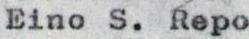
Eino S. Repo